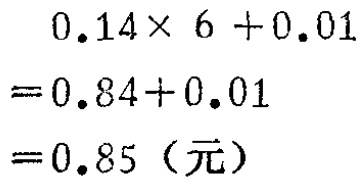
\[
\begin{align*}
&0.14\times 6 + 0.01\\
=&0.84 + 0.01\\
=&0.85（元）
\end{align*}
\]